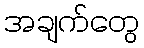
အချက်တွေ